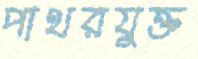
পাথরযুক্ত